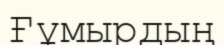
Ғұмырдың